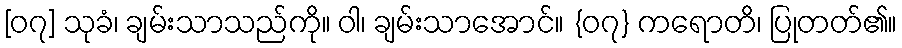
[၀၇] သုခံ၊ ချမ်းသာသည်ကို။ ဝါ၊ ချမ်းသာအောင်။ {၀၇} ကရောတိ၊ ပြုတတ်၏။